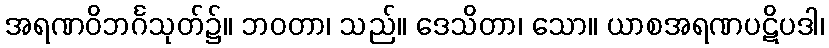
အရဏဝိဘင်္ဂသုတ်၌။ ဘဝတာ၊ သည်။ ဒေသိတာ၊ သော။ ယာစအရဏပဋိပဒါ၊